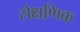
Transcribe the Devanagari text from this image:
सेक्षणिक